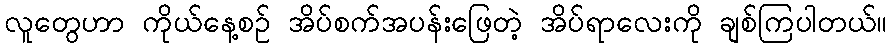
လူတွေဟာ ကိုယ်နေ့စဉ် အိပ်စက်အပန်းဖြေတဲ့ အိပ်ရာလေးကို ချစ်ကြပါတယ်။